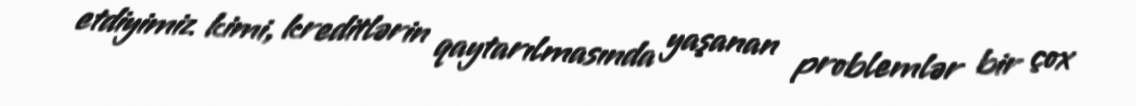
etdiyimiz kimi, kreditlərin qaytarılmasında yaşanan problemlər bir çox